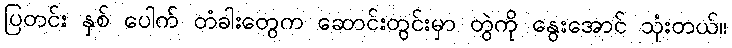
ပြတင်း နှစ် ပေါက် တံခါးတွေက ဆောင်းတွင်းမှာ တွဲကို နွေးအောင် သုံးတယ်။